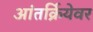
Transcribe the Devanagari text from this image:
आंतर्क्रियेवर